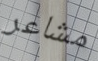
مشاعر